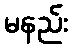
မနည်း